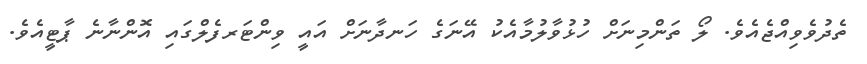
ތެދުވެވިއްޖެއެވެ. ލޯ ތަންމިނަށް ހުޅުވާލުމާއެކު އޭނަގެ ހަނދާނަށް އައީ ވިންޓަރފެލްގައި އޮންނާނެ ޕާޓީއެވެ.